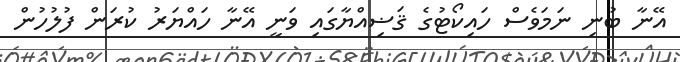
އޭނާ ބުނި ނަމަވެސް ހައިކޯޓުގެ ޤަޟިއްޔާގައި ވަނީ އޭނާ ހައްޔަރު ކުރަން ފުލުހުން